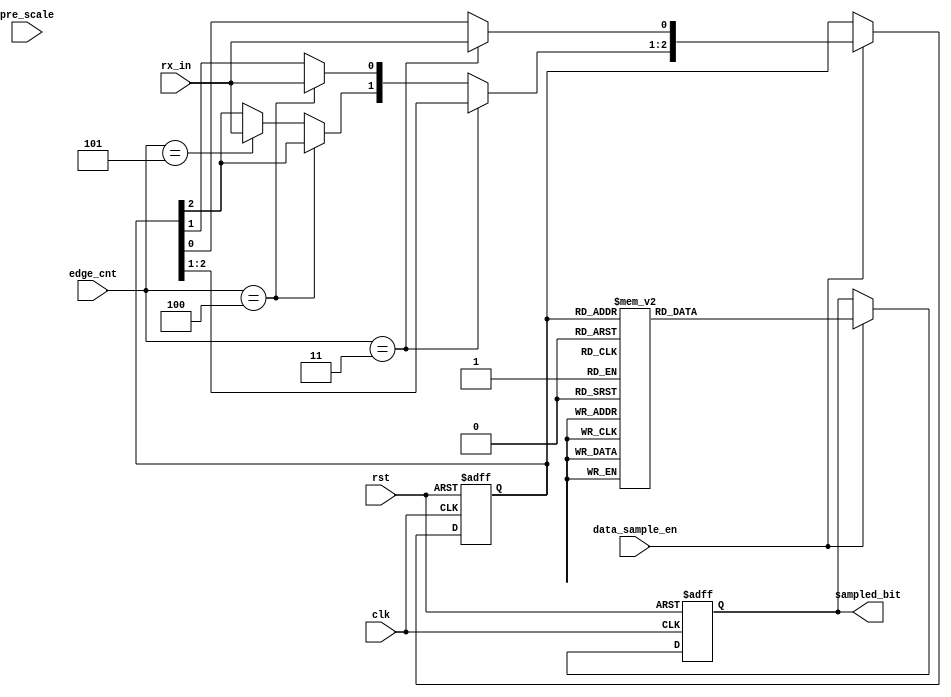
module data_sampling(
input wire [2:0]edge_cnt,
input wire data_sample_en,
input wire clk,
input wire rx_in,
input wire rst,
input wire [4:0]pre_scale,
output reg sampled_bit


);

reg [2:0] oversampled_bits;
reg [1:0] counter;

always @(posedge clk, negedge rst ) begin
    
if(!rst)

begin 

oversampled_bits <= 3'b000;


end 

else 

begin 

if(data_sample_en)

begin

if(edge_cnt == 3)

begin 
oversampled_bits[0]=rx_in;


end 

else if(edge_cnt == 4)

begin

oversampled_bits[1]=rx_in;

end


else if(edge_cnt == 5)

begin 


oversampled_bits[2]=rx_in;


end



end




end

end


always @(posedge clk, negedge rst) begin
    
if(!rst)

        begin 

        sampled_bit <= 0;

        end



       
else if (data_sample_en)

begin


case (oversampled_bits)
    
    3'b000:

    begin
    
    sampled_bit <= 0;

    end

    3'b001:

    begin

    sampled_bit <= 0;


    end 

    3'b010:

    begin

    sampled_bit <= 0;


    end

    3'b011:

    begin 

    sampled_bit <= 1;

    end

    3'b100:

    begin

    sampled_bit <= 0;

    end

    3'b101:

    begin 


    sampled_bit <= 1;

    end

    3'b110:

    begin

    sampled_bit <= 1;

    end

    3'b111:

    begin

    sampled_bit <= 1;

    end

    endcase


    end


end








endmodule